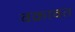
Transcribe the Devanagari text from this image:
वक्रावत